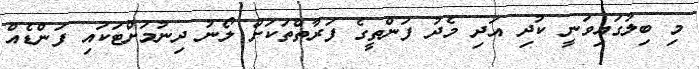
މި ބިލުގައިވަނީ ކުދި އަދި މެދު ފަންތީގެ ފަރާތްތަކަށް ލޯނު ދިނުމަށްޓަކައި ފަންޑެއް